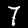
Label: 7